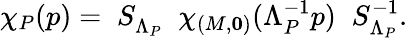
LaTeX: \chi_{P}(p)=\; S_{\Lambda_{P}}^{}\; \; \chi_{(M,{\mathbf 0})}(\Lambda_{P}^{-1}p)\; \; S_{\Lambda_{P}}^{-1}.